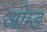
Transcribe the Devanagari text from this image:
ओम्ड